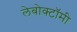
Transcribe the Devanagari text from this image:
लेबोक्टॉमी